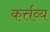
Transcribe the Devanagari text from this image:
कर्त्तव्‍य